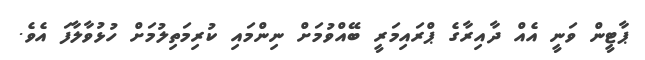
ޕާޓީން ވަނީ އެއް ދާއިރާގެ ޕްރައިމަރީ ބޭއްވުމަށް ނިންމައި ކުރިމަތިލުމަށް ހުޅުވާލާފަ އެވެ.